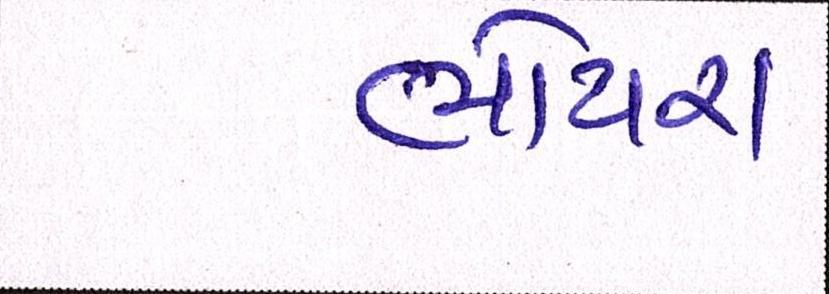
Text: ભોયરા